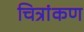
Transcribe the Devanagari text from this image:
चित्रांकण